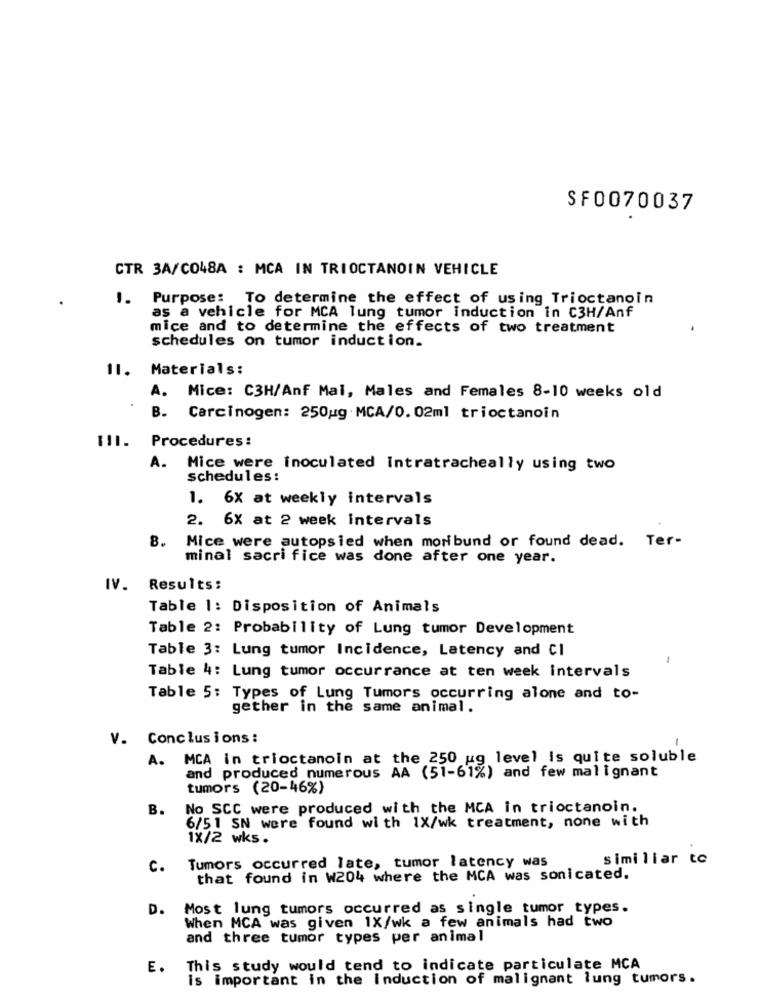
SF0070037
CTR 3A/C048A : MCA IN TRIOCTANOIN VEHICLE
1.
Purpose: To determine the effect of using Trioctanoin
as a vehicle for MCA lung tumor induction in C3H/Anf
mice and to determine the effects of two treatment
schedules on tumor induction.
11.
Materials:
A. Mice: C3H/Anf Mai, Males and Females 8-10 weeks old
B. Carcinogen: 250ug MCA/0.02ml trioctanoin
111. Procedures:
A. Mice were inoculated intratracheally using two
schedules :
1. 6X at weekly intervals
2. 6x at 2 week intervals
8. Mice were autopsied when moribund or found dead. Ter-
minal sacri fice was done after one year.
IV. Results:
Table 1: Disposition of Animals
Table 2: Probability of Lung tumor Development
Table 3: Lung tumor Incidence, Latency and Cl
1
Table 4: Lung tumor occurrance at ten week intervals
Table 5: Types of Lung Tumors occurring alone and to-
gether in the same animal.
V. Conclusions :
-
A. MCA in trioctanoin at the 250 ug level is quite soluble
and produced numerous AA (51-61%) and few malignant
tumors (20-46%)
B.
No SCC were produced with the MCA in trioctanoin.
6/51 SN were found with 1X/wk treatment, none with
1X/2 wks .
Tumors occurred late, tumor latency was
similiar to
c.
that found in W204 where the MCA was sonicated.
D.
Most lung tumors occurred as single tumor types.
When MCA was given 1X/wk a few animals had two
and three tumor types per animal
E.
This study would tend to indicate particulate MCA
is important in the Induction of malignant lung tumors.